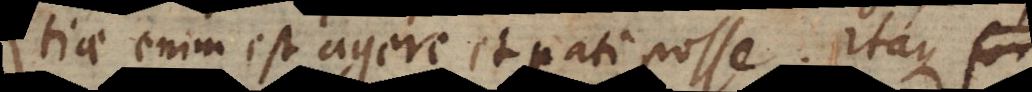
tiae enim est agere et pati posse. Itaque for